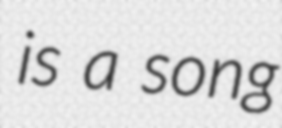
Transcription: is a song